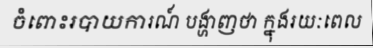
ចំពោះរបាយការណ៍ បង្ហាញថា ក្នុងរយៈពេល